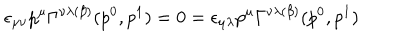
LaTeX: \epsilon _ { \mu \nu } p ^ { \mu } \Gamma ^ { \nu \lambda ( \beta ) } ( p ^ { 0 } , p ^ { 1 } ) = 0 = \epsilon _ { \mu \lambda } p ^ { \mu } \Gamma ^ { \nu \lambda ( \beta ) } ( p ^ { 0 } , p ^ { 1 } )